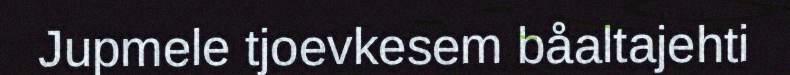
Jupmele tjoevkesem båaltajehti